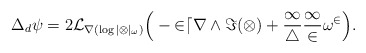
\begin{align*} \Delta_d \psi = 2 \cal{L}_{\nabla (\log |\Omega|_\omega)} \Big( -2 dr \wedge \Im(\Omega) + \frac{1}{4} \frac{1}{2}\omega^2 \Big).\end{align*}